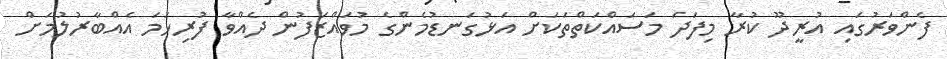
ފެންވަރުގައި އުރީދޫ ކުރާ މިފަދަ މަސައްކަތްތަކަށް އަޅުގަނޑުމެންގެ މުވައްޒަފުން ދެެއްވާ ފުރިހަމަ އެއްބާރުލުމަށް